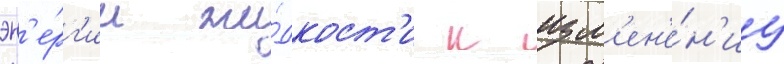
эн'е́рг'ии жи́дкост'и к изм'ен'е́н'иу